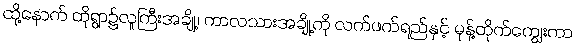
ထို့နောက် ထိုရွာ၌လူကြီးအချို့၊ ကာလသားအချို့ကို လက်ဖက်ရည်နှင့် မုန့်တိုက်ကျွေးကာ